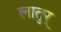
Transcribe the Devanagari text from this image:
लातुर्